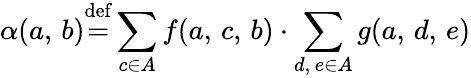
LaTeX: \alpha(a,\, b){\stackrel{\mathrm{def}}{=}}\displaystyle\sum_{c\in A}f(a,\, c,\, b)\cdot\sum_{d,\, e\in A}g(a,\, d,\, e)